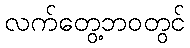
လက်တွေ့ဘဝတွင်